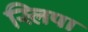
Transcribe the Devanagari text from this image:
स्लिपा